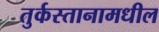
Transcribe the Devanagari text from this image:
तुर्कस्तानामधील